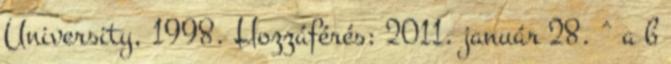
University, 1998. Hozzáférés: 2011. január 28. ^ a b